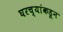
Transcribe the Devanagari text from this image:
घरच्यांकडून